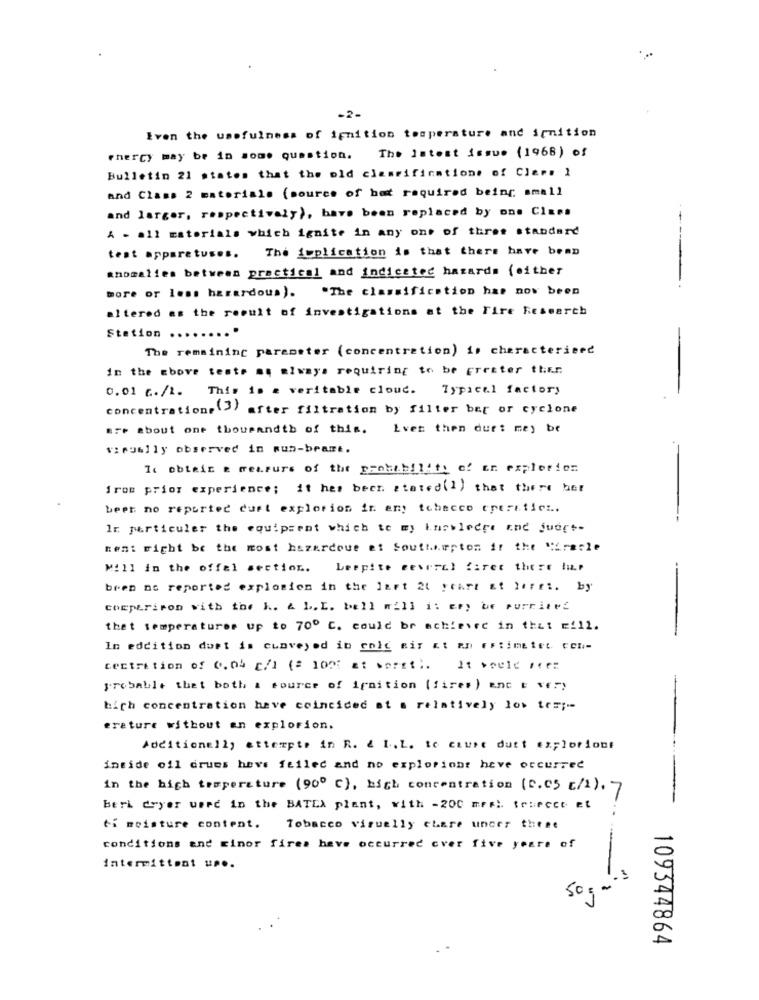
-2-
Even the usefulness of ignition temperature and irnition
phercy may be in some question. The latest issue (1968) of
Bulletin 21 states that the old classifications of Clem. 1
and Class 2 materiale (source of hat required being small
and larger, respectively), have been replaced by one Class
A - all materials which ignite in any one of three standard
The implication is that there have been
----
test apparatuses.
anomalies between practical and indicated hazards (either
"The classification has now been
more or less hazardous).
altered as the result of investigations at the Fire Research
Station .....
The remaining parameter (concentration) is characteriend
in the above tests as always requiring to be greater than.
0.01 ./2. This is a veritable cloud. Typical factory
concentrations (3) after filtration by filter bet or cyclone
are about one thousandth of this.
Lvet then duet mey be
vipublly observed in sun-bramt.
It obtain a measure of the probability of on explerien
from prior experience; it has been stated(1) that there her
beer no reported dust explorion ir any tobacco operaticz ..
Ir particuler the equipsent which te my knowledge and judet-
ment Fight be the most hazardoue et Southampton ir the Miracle
Mill in the offel section.
Leepite eeverel faret there !ip
bren no reported explosion in the lart 21 yeart &t lerei. by
comparison with the l. & L. L. bell mill i: ety be purrite!
that temperaturer up to 70º C. could be achieved in that will.
In eddition dort is cumveyod in cnic Bir at an FFtimatet con-
centration of 0.04 c/1 (= 100% at worst ;. It would re:
probable that both & source of ignition (fires ) Enc E VE")
high concentration have coincided at a relatively low tes ;--
erature without an explosion.
Additionally attempte in R. & I. L. to cause dutt exploriont
inside ofl drues heve feilec and no exploriont heve occurred
in the high temperature (90º c), high concentration (0.05 c/1). 7
beri dryer used in the BATLA plant, with -200 mesi. truecce et
..
ti moisture content.
Tobacco viruelly chare uncer these
conditions and minor fires have occurred over five years of
intermittent up ..
50 g .
109344864